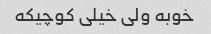
خوبه ولی خیلی کوچیکه